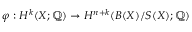
\varphi : H ^ { k } ( X ; \mathbb { Q } ) \to H ^ { n + k } ( B ( X ) / S ( X ) ; \mathbb { Q } )